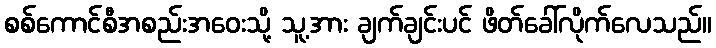
စစ်ကောင်စီအစည်းအဝေးသို့ သူ့အား ချက်ချင်းပင် ဖိတ်ခေါ်လိုက်လေသည်။